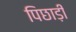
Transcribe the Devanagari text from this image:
पिछाड़ी